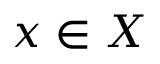
x \in X